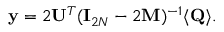
{ \bf y } = 2 { \bf U } ^ { T } ( { \bf I } _ { 2 N } - 2 { \bf M } ) ^ { - 1 } \langle { \bf Q } \rangle .